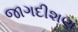
જાગદીશણ